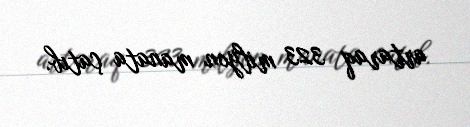
artaraq 323 milyon manata çatıb.